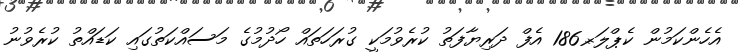
އެހެންކަމުން ކެޕްލަރ-186 އެފް ދަރިޔާފަތު ކުރެވުމަކީ ގުރަހަތައް ހޯދުމުގެ މަސައްކަތުގައި ކަޑައްތު ކުރެވުނު